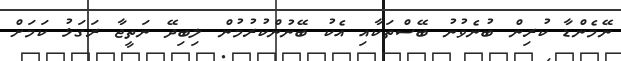
ނޭމެންޑާ ކުރިން ބުނެވުނު ބޭސްތަކާއި އެކު ބޭނުންކުރުމުން ލިބިދޭ ނަތީޖާ ރަގަޅު ކަމަށް